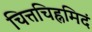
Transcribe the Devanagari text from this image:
चित्तचिह्नमिदं